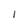
Character: 1